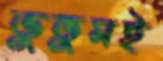
ভুতুমই